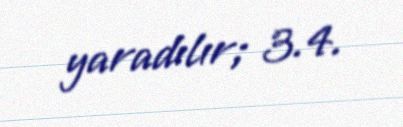
yaradılır; 3.4.